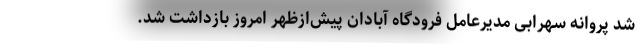
شد پروانه سهرابی مدیرعامل فرودگاه آبادان پیش‌ازظهر امروز بازداشت شد.